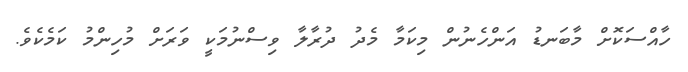
ހާއްސަކޮށް މާބަނޑު އަންހެނުން މިކަމާ މެދު ދުރާލާ ވިސްނުމަކީ ވަރަށް މުހިންމު ކަމެކެވެ.